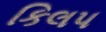
કિલપ